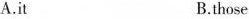
A.it B.those